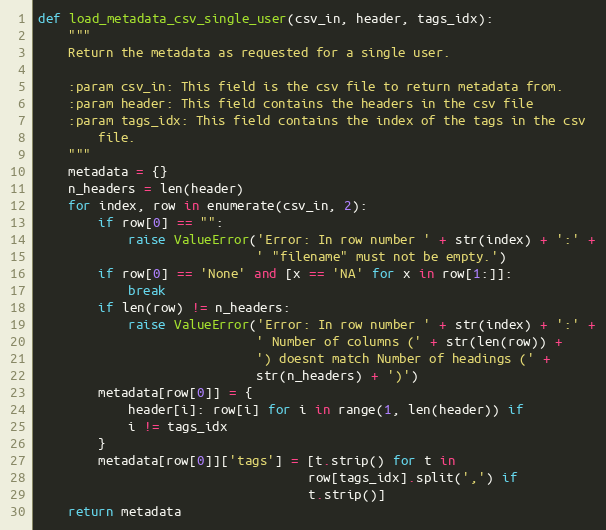
Language: Python
def load_metadata_csv_single_user(csv_in, header, tags_idx):
    """
    Return the metadata as requested for a single user.

    :param csv_in: This field is the csv file to return metadata from.
    :param header: This field contains the headers in the csv file
    :param tags_idx: This field contains the index of the tags in the csv
        file.
    """
    metadata = {}
    n_headers = len(header)
    for index, row in enumerate(csv_in, 2):
        if row[0] == "":
            raise ValueError('Error: In row number ' + str(index) + ':' +
                             ' "filename" must not be empty.')
        if row[0] == 'None' and [x == 'NA' for x in row[1:]]:
            break
        if len(row) != n_headers:
            raise ValueError('Error: In row number ' + str(index) + ':' +
                             ' Number of columns (' + str(len(row)) +
                             ') doesnt match Number of headings (' +
                             str(n_headers) + ')')
        metadata[row[0]] = {
            header[i]: row[i] for i in range(1, len(header)) if
            i != tags_idx
        }
        metadata[row[0]]['tags'] = [t.strip() for t in
                                    row[tags_idx].split(',') if
                                    t.strip()]
    return metadata